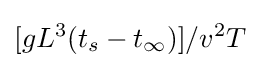
[gL^{3}(t_{s}-t_{\infty })]/v^{2}T